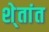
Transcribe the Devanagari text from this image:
शे्तांत